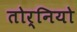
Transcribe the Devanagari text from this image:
तोर्नियो